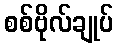
စစ်ဗိုလ်ချုပ်